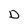
Character: D